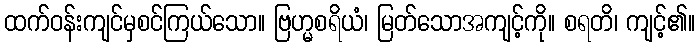
ထက်ဝန်းကျင်မှစင်ကြယ်သော။ ဗြဟ္မစရိယံ၊ မြတ်သောအကျင့်ကို။ စရတိ၊ ကျင့်၏။